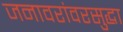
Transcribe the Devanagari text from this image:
जनावरांवरसुद्धा